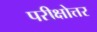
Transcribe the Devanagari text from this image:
परीक्षोत्तर